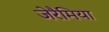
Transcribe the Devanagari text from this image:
जेरैमिया